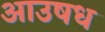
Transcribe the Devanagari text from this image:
आउषध